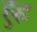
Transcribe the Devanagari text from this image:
हुह